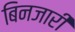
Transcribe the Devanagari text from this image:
बिनजारी